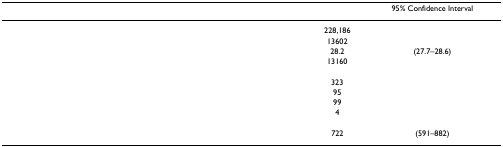
<table><thead><tr><td>[EMPTY_CELL]</td><td>[EMPTY_CELL]</td><td><b>95% Confidence Interval</b></td></tr></thead><tbody><tr><td>[EMPTY_CELL]</td><td>228,186</td><td>[EMPTY_CELL]</td></tr><tr><td>[EMPTY_CELL]</td><td>13602</td><td>[EMPTY_CELL]</td></tr><tr><td>[EMPTY_CELL]</td><td>28.2</td><td>(27.7–28.6)</td></tr><tr><td>[EMPTY_CELL]</td><td>13160</td><td>[EMPTY_CELL]</td></tr><tr><td>[EMPTY_CELL]</td><td>323</td><td>[EMPTY_CELL]</td></tr><tr><td>[EMPTY_CELL]</td><td>95</td><td>[EMPTY_CELL]</td></tr><tr><td>[EMPTY_CELL]</td><td>99</td><td>[EMPTY_CELL]</td></tr><tr><td>[EMPTY_CELL]</td><td>4</td><td>[EMPTY_CELL]</td></tr><tr><td>[EMPTY_CELL]</td><td>722</td><td>(591–882)</td></tr></tbody></table>